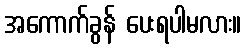
အကောက်ခွန် ပေးရပါမလား။